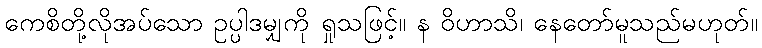
ကေစိတို့လိုအပ်သော ဥပ္ပါဒမျှကို ရှုသဖြင့်။ န ဝိဟာသိ၊ နေတော်မူသည်မဟုတ်။